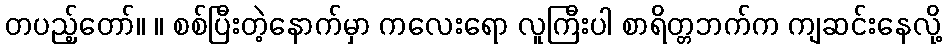
တပည့်တော်။ ။ စစ်ပြီးတဲ့နောက်မှာ ကလေးရော လူကြီးပါ စာရိတ္တဘက်က ကျဆင်းနေလို့